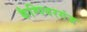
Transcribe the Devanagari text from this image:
कैम्पियरगंज